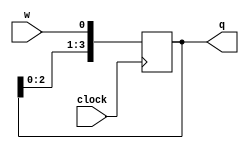

module four_bit_shift_register(w, clock, q);
    input w, clock;
    output reg[3:0] q;
    always@(posedge clock)
        begin
            q[0] <= w;    // Non-blocking statements make this type of assignment possible
            q[1] <= q[0];
            q[2] <= q[1];
            q[3] <= q[2];
        end
endmodule